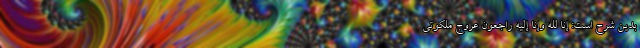
بدین شرح است: إِنَّا لِلَّهِ وَإِنَّا إِلَیْهِ رَاجِعُونَ عروج ملکوتی